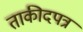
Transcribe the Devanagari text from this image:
ताकीदपत्र